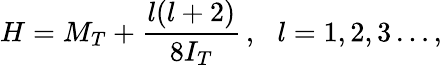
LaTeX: H=M_{T}+{\frac{l(l+2)}{8I_{T}}}\, ,\, \, \, \, l=1,2,3\dots,